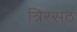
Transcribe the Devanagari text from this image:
त्रिरसठ